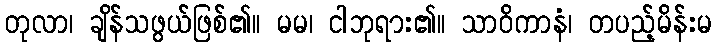
တုလာ၊ ချိန်သဖွယ်ဖြစ်၏။ မမ၊ ငါဘုရား၏။ သာဝိကာနံ၊ တပည့်မိန်းမ